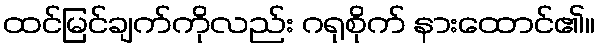
ထင်မြင်ချက်ကိုလည်း ဂရုစိုက် နားထောင်၏။